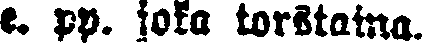
e. pp. joka torstaina.